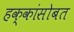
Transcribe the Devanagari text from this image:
हक्कांसोबत